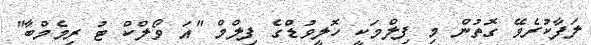
ލަފާކުރެވޭ ގޮތުން މި ފިލްމަކީ ހޮލީވުޑްގެ ފިލްމް "އަ ވޯލްކް ޓު ރިމެމްބާ"